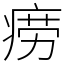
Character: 痨